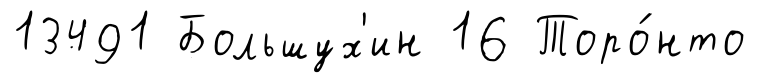
13491 Большух'ин 16 Торо́нто